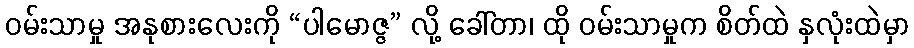
ဝမ်းသာမှု အနုစားလေးကို “ပါမောဇ္ဇ” လို့ ခေါ်တာ၊ ထို ဝမ်းသာမှုက စိတ်ထဲ နှလုံးထဲမှာ